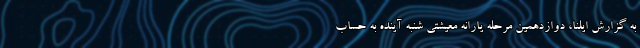
به گزارش ایلنا، دوازدهمین مرحله یارانه معیشتی شنبه آینده به حساب